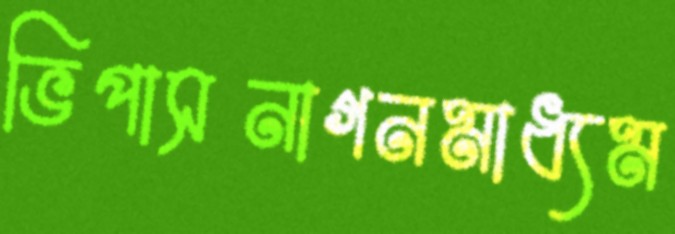
ভিপাসনাগনমাধ্যম